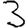
Digit: 3